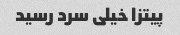
پیتزا خیلی سرد رسید